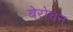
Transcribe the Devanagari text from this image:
बेरोचन